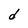
Character: d